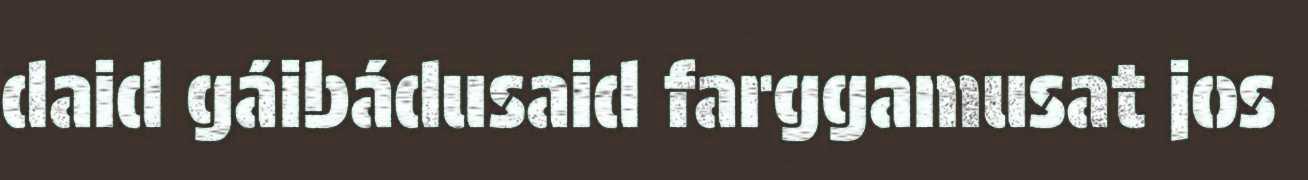
daid gáibádusaid farggamusat jos